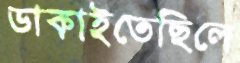
ডাকাইতেছিলে